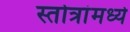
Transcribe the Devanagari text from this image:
स्तोत्रांमध्ये